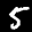
Label: 5